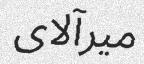
ميرآلاى